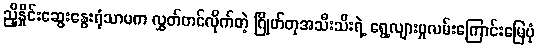
ညှိနှိုင်းဆွေးနွေးရုံသာမက လွှတ်တင်လိုက်တဲ့ ဂြိုဟ်တုအသီးသီးရဲ့ ရွေ့လျားမှုလမ်းကြောင်းမြေပုံ